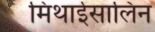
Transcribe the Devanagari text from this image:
मिथाईसालिन